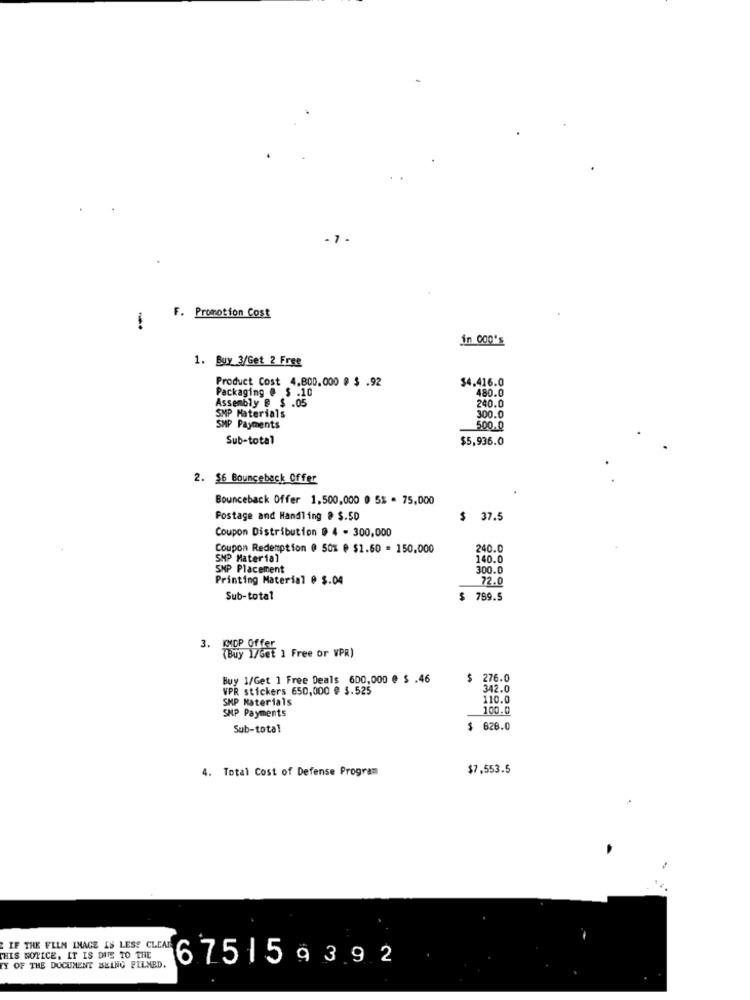
- 7 -
1
F. Promotion Cost
in 000's
1. Buy 3/Get 2 Free
Product Cost 4.800.000 @ $ .92
$4.416.0
Packaging @ $ .10
480.0
Assembly @ $ .05
240.0
SMP Materials
300.0
SMP Payments
500.0
Sub-total
$5,936.0
2. $6 Bounceback Offer
Bounceback Offer 1.500,000 0 5% . 75,000
Postage and Handling @ $.50
$ 37.5
Coupon Distribution @ 4 - 300,000
Coupon Redemption @ 50% @ $1.60 = 150.000
240.0
SMP Material
140.0
SMP Placement
300.0
Printing Material @ $.04
72.0
Sub-total
789.5
3. Tous 1/66[ ] Free or VPR]
Buy 1/Get 1 Free Deals 600,000 @ $ .46
$ 276.0
VPR stickers 650,000 @ $.525
342.0
SMP Materials
110.0
100.0
SMP Payments
Sub-total
$ 628.0
4. Total Cost of Defense Program
$7,553.5
IF THE FILM IMAGE IS LESS CLEAR
THIS NOTICE. IT IS DIS TO THE
675159392
TY OF THE DOCUMENT BEING FILMED.